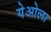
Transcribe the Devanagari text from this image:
येओला